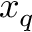
x _ { q }